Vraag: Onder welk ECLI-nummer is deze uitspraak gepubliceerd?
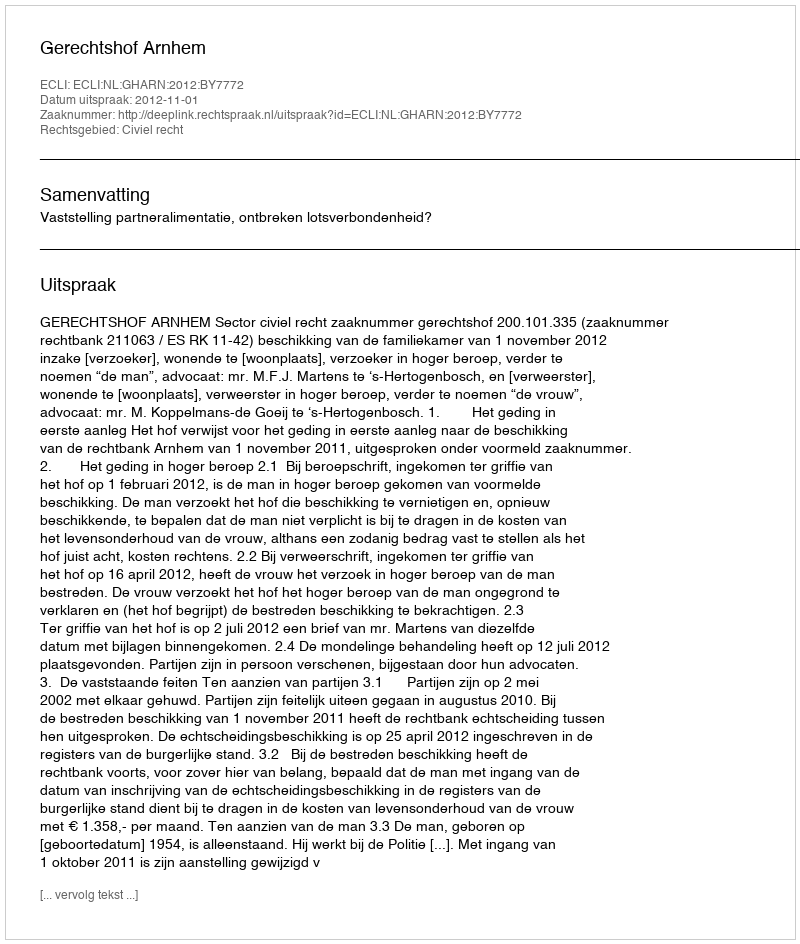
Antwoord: ECLI:NL:GHARN:2012:BY7772